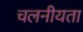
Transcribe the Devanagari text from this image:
चलनीयता